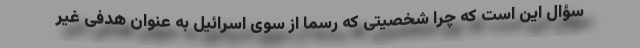
سؤال این است که چرا شخصیتی که رسماً از سوی اسرائیل به عنوان هدفی غیر